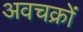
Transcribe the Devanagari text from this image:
अवचक्रों